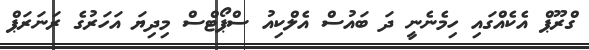
ގްރޫޕް އެކެއްގައި ހިމެނެނީ ދަ ބައުސް އެލްކިއު ސްޕޯޓްސް މިިދިޔަ އަހަރުގެ ރަނަރަޕް